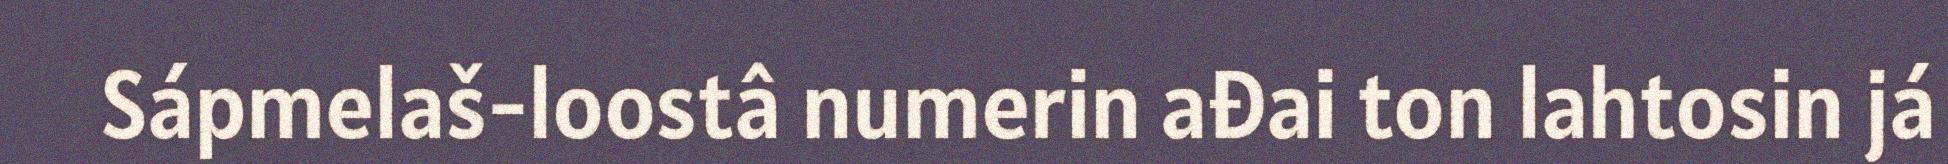
Sápmelaš-loostâ numerin ađai ton lahtosin já